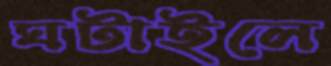
ঘটাইলে